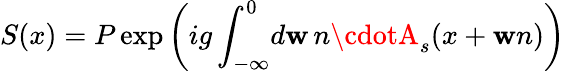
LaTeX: S(x)=P\exp\left(ig\int_{-\infty}^{0}\! d\mathbf{w}\, n\cdotA_{s}(x+\mathbf{w}n)\right)